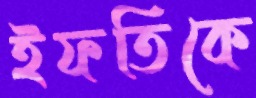
ইফতিকে